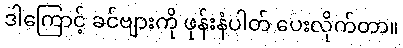
ဒါကြောင့် ခင်ဗျားကို ဖုန်းနံပါတ် ပေးလိုက်တာ။